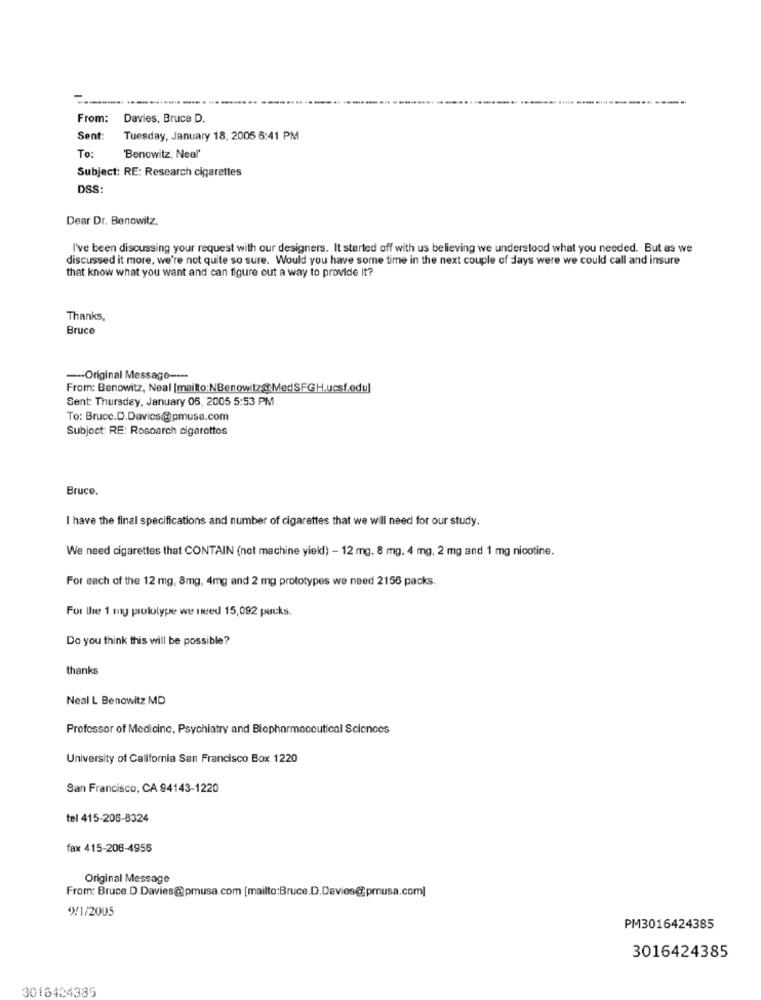
From:
Davies, Bruce D.
Sent:
Tuesday, January 18, 2005 6:41 PM
To:
'Benowitz, Neal'
Subject: RE: Research cigarettes
DSS:
Dear Dr. Benowitz,
I've been discussing your request with our designers. It started off with us believing we understood what you needed. But as we
discussed it more, we're not quite so sure. Would you have some time in the next couple of days were we could call and insure
that know what you want and can figure out a way to provide It?
Thanks,
Bruce
-Original Message ----
From: Benowitz, Neal [mailto:NBenowitz@ MedSFGH.ucsf.edu]
Sent: Thursday, January 06, 2005 5:53 PM
To: Bruce.D.Davies@pmuse.com
Subject: RE: Rosoarch cigarettes
Bruce.
I have the final specifications and number of cigarettes that we will need for our study.
We need cigarettes that CONTAIN (not machine yield) - 12 mg. 8 mg, 4 mg, 2 mg and 1 mg nicotine.
For each of the 12 mg, 8mg, 4mg and 2 mg prototypes we need 2156 packs.
For the 1 mg prulolype we need 15,092 packs.
Do you think this will be possible?
thanks
Neal L Benowitz MD
Professor of Medicine, Psychiatry and Biopharmaceutical Sciences
University of California San Francisco Box 1220
San Francisco, CA 94143-1220
tel 415-206-8324
fax 415-206-4956
Original Message
From: Bruce. D.Davies@pmusa.com [mailto:Bruce.D.Davies@pmusa.com]
4)/1/2005
PM3016424385
3016424385
3016424385